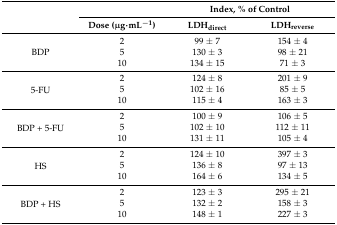
| <ROWSPAN=2>  |  | <COLSPAN=2> Index, % of Control |
 | Dose (μg·mL−1) | LDHdirect | LDHreverse |
 | --- | --- | --- | --- |
 | <ROWSPAN=3> BDP | 2 | 99 ± 7 | 154 ± 4 |
 | 5 | 130 ± 3 | 98 ± 21 |
 | 10 | 134 ± 15 | 71 ± 3 |
 | <ROWSPAN=3> 5-FU | 2 | 124 ± 8 | 201 ± 9 |
 | 5 | 102 ± 16 | 85 ± 5 |
 | 10 | 115 ± 4 | 163 ± 3 |
 | <ROWSPAN=3> BDP + 5-FU | 2 | 100 ± 9 | 106 ± 5 |
 | 5 | 102 ± 10 | 112 ± 11 |
 | 10 | 131 ± 11 | 105 ± 4 |
 | <ROWSPAN=3> HS | 2 | 124 ± 10 | 397 ± 3 |
 | 5 | 136 ± 8 | 97 ± 13 |
 | 10 | 164 ± 6 | 134 ± 5 |
 | <ROWSPAN=3> BDP + HS | 2 | 123 ± 3 | 295 ± 21 |
 | 5 | 132 ± 2 | 158 ± 3 |
 | 10 | 148 ± 1 | 227 ± 3 |